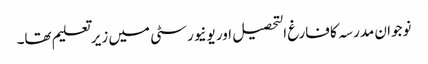
نوجوان مدرسہ کا فارغ التحصیل اور یونیورسٹی میں زیرتعلیم تھا۔